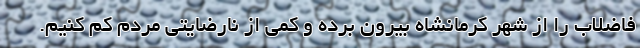
فاضلاب را از شهر کرمانشاه بیرون برده و کمی از نارضایتی مردم کم کنیم.